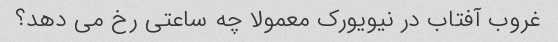
غروب آفتاب در نیویورک معمولا چه ساعتی رخ می دهد؟